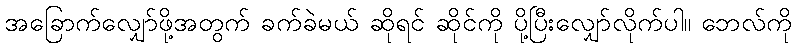
အခြောက်လျှော်ဖို့အတွက် ခက်ခဲမယ် ဆိုရင် ဆိုင်ကို ပို့ပြီးလျှော်လိုက်ပါ။ ဘေလ်ကို